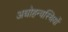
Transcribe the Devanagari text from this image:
अधोहन्वस्थियों